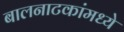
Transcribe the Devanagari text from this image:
बालनाटकांमध्ये